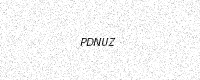
Text: PDNUZ